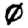
Digit: 0